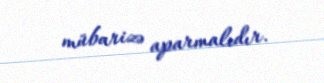
mübarizə aparmalıdır.